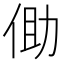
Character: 𪜾